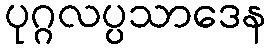
ပုဂ္ဂလပ္ပသာဒေန